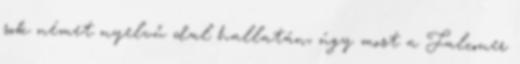
sok német nyelvű dal hallatán, úgy most a Falconer